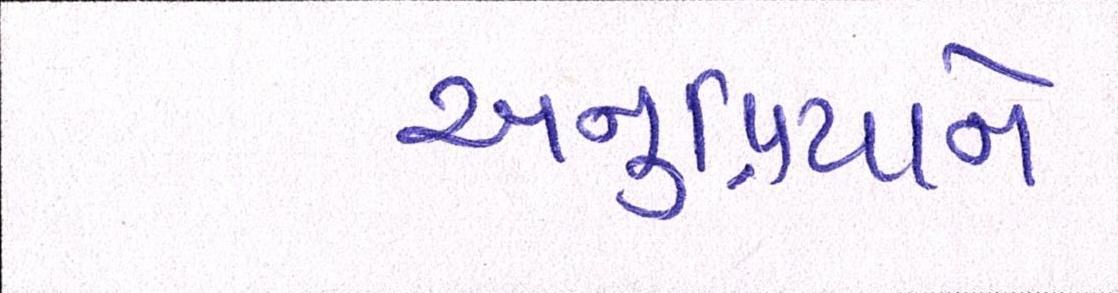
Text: અનુપ્રિયાને